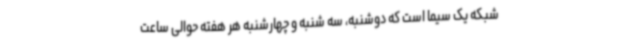
شبکه یک سیما است که دوشنبه، سه شنبه و چهارشنبه هر هفته حوالی ساعت